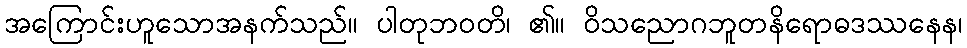
အကြောင်းဟူသောအနက်သည်။ ပါတုဘဝတိ၊ ၏။ ဝိသညောဂဘူတနိရောဓဒဿနေန၊